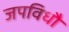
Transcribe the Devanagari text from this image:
जपविधौ